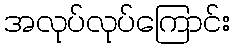
အလုပ်လုပ်ကြောင်း